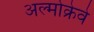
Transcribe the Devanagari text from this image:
अल्मोक्रेवे